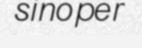
sinoper